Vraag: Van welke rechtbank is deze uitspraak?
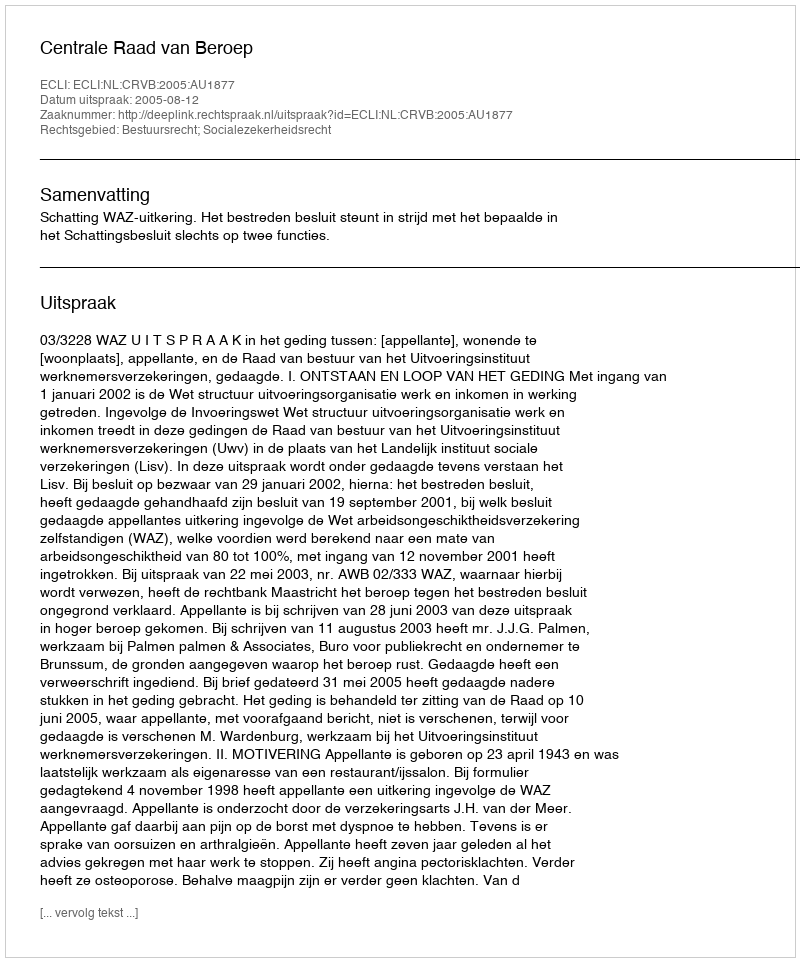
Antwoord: Centrale Raad van Beroep